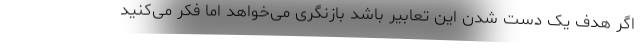
اگر هدف یک دست شدن این تعابیر باشد بازنگری می‌خواهد اما فکر می‌کنید